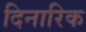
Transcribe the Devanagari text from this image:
दिनारिक